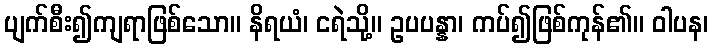
ပျက်စီး၍ကျရာဖြစ်သော။ နိရယံ၊ ငရဲသို့။ ဥပပန္နာ၊ ကပ်၍ဖြစ်ကုန်၏။ ဝါပန၊